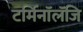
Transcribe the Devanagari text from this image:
टर्मिनॉलॅजि